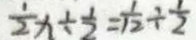
\frac { 1 } { 2 } x \div \frac { 1 } { 2 } = \frac { 1 } { 1 2 } \div \frac { 1 } { 2 }